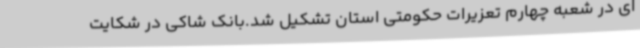
ای در شعبه چهارم تعزیرات حکومتی استان تشکیل شد.بانک شاکی در شکایت